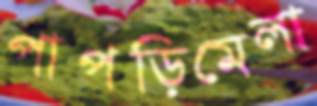
পাপড়িমেলা